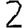
Digit: 2